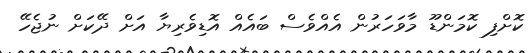
ކޮށްފި ކޮމަންޑޫ މާވަހަރުން އެއްވެސް ބައެއް އޮޑިވެރިޔާ އަށް ދޭކަށް ނުޖެހޭ